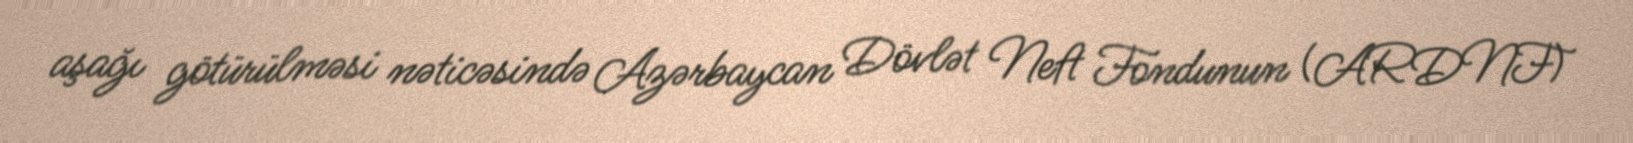
aşağı götürülməsi nəticəsində Azərbaycan Dövlət Neft Fondunun (ARDNF)